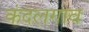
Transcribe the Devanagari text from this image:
कंदलगाव